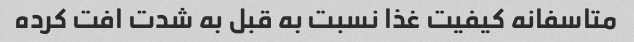
متاسفانه کیفیت غذا نسبت به قبل به شدت افت کرده